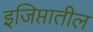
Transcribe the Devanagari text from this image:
इजिप्तातील